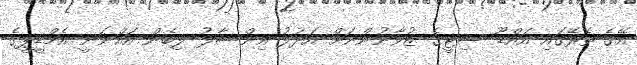
އޭގެ ތެރޭގައި އައްޑޫ ސިޓީގެ ޒުވާނުންނަށް އަދުލު އިންސާފު ލިބެން އައްނަނީ އެމްޑީޕީގެ